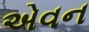
એવન